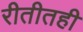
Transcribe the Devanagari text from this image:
रीतीतही